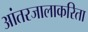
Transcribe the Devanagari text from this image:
आंतरजालाकरिता